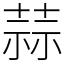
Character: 蒜